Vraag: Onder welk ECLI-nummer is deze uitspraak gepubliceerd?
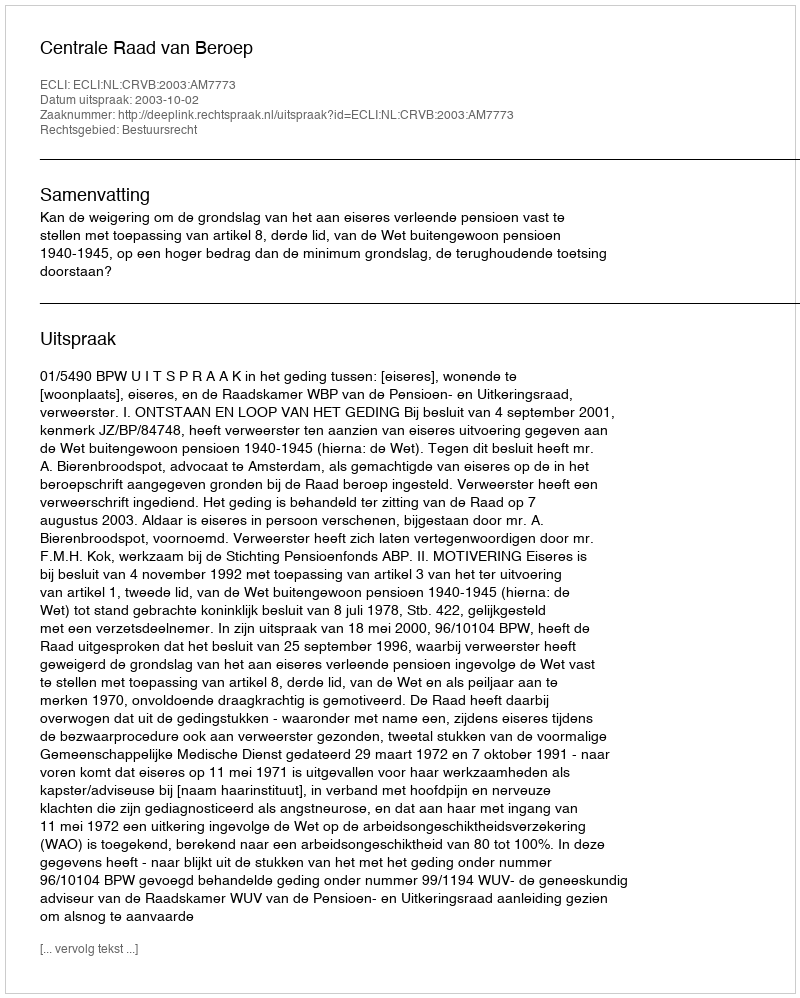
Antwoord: ECLI:NL:CRVB:2003:AM7773